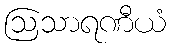
ဩသာရဏီယံ